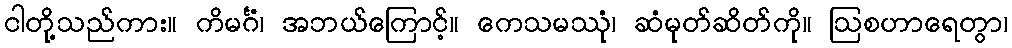
ငါတို့သည်ကား။ ကိမင်္ဂံ၊ အဘယ်ကြောင့်။ ကေသမဿုံ၊ ဆံမုတ်ဆိတ်ကို။ ဩစဟာရေတွာ၊